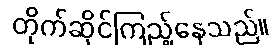
တိုက်ဆိုင်ကြည့်နေသည်။